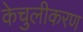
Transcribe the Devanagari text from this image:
केचुलीकरण